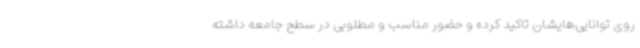
روی توانایی‌هایشان تاکید کرده و حضور مناسب و مطلوبی در سطح جامعه داشته